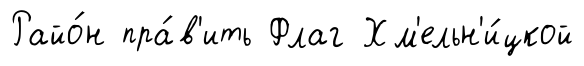
Райо́н пра́в'ить Флаг Хм'ельн'и́цкой